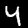
Label: 4